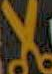
لا